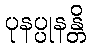
ပုနပ္ပုနန္တိ